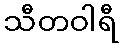
သီတဝါရီ